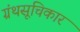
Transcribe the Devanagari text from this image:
ग्रंथसूचिकार